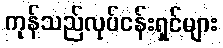
ကုန်သည်လုပ်ငန်းရှင်များ